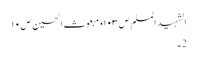
الشہید المسلم ص١٠٣ومبعوث الحسین ص١٠
2۔